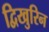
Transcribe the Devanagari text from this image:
द्विखुरिन